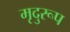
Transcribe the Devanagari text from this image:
मृदुरूप